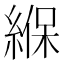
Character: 緥